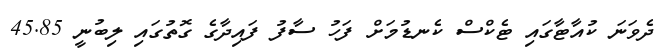
ދެވަނަ ކުއާޓާގައި ޓެކްސް ކެނޑުމަށް ފަހު ސާފު ފައިދާގެ ގޮތުގައި ލިބުނީ 45.85